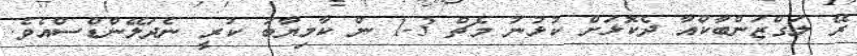
ރޭ ލަގްޒަންބާކްއާ ދެކޮޅަށް ކުޅުނު މެޗް 3-1 ން ކާމިޔާބު ކުރީ ނެދަލޭންޑްސްއެވެ.